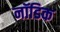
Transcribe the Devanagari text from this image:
नॉडिक